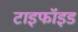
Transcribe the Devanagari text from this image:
टाइफॉइड